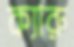
ক্যারু